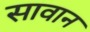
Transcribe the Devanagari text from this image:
सावान